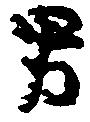
男